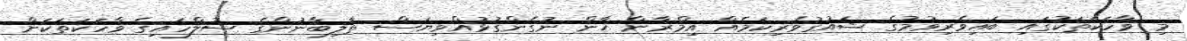
މި ވާހަކަތަކުގައި ބައިވެރިވުމުގެ ޝައުގުވެރިކަމެއް އިމްރާން ޚާން ނުގެންގުޅުއްވިޔަސް ތާލިބާނުންގެ ސުލްހައިގެ ވާހަކަތަކަށް